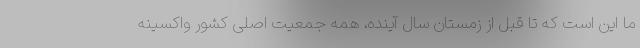
ما این است که تا قبل از زمستان سال آینده، همه جمعیت اصلی کشور واکسینه